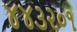
૪૪૩૨૦૧